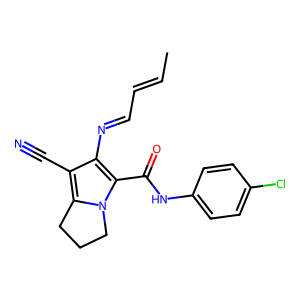
SMILES: CC=CC=Nc1c(C#N)c2n(c1C(=O)Nc1ccc(Cl)cc1)CCC2
Inhibits HIV replication: No